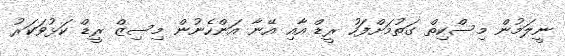
ނީލަމުން މިސްކިތް ގަތުމަށްފަހު ރީޑް އާއި އޭނާ އަންހެނުން މިސިޒް ރީޑް ކަޅުވަކަރު